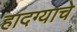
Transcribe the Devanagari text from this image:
हादग्याचे